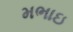
મભાઇ